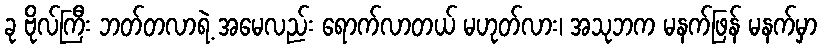
ခု ဗိုလ်ကြီး ဘတ်တလာရဲ့ အမေလည်း ရောက်လာတယ် မဟုတ်လား၊ အသုဘက မနက်ဖြန် မနက်မှာ